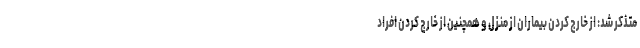
متذکر شد: از خارج کردن بیماران از منزل و همچنین از خارج کردن افراد